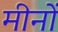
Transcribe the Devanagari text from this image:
मीनों